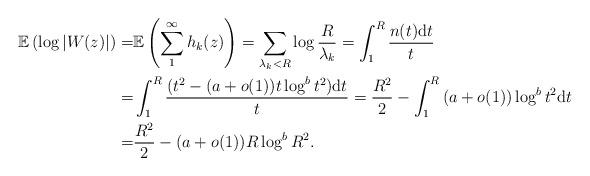
LaTeX: \begin{align*} \mathbb E\left(\log|W(z)|\right)=&\mathbb E\left(\sum_{1}^{\infty}h_k(z)\right)=\sum_{\lambda_k<R} \log\frac R{\lambda_k}=\int_1^R \frac{{n(t)\rm d}t}{t}\\ =&\int_1^R \frac{{(t^2-{(a+o(1))t\log^{b}t^2)}\rm d}t}{t}=\frac{R^2}{2}-\int_1^R{(a+o(1))}\log^{b}t^2{\rm d}t\\=&\frac{R^2}{2}-{(a+o(1))R\log^{b}R^2.}\end{align*}